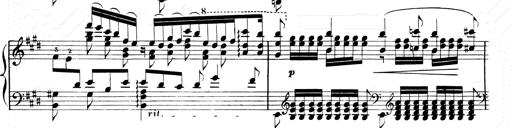
Title: 2 Transcriptions d'aprÃ¨s Rossini
Composer: Franz Liszt